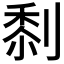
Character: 𠞙